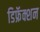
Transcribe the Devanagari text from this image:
डिफ्रॅक्शन